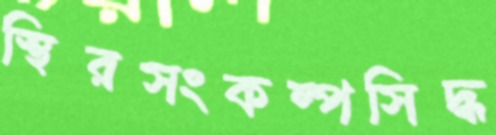
স্থিরসংকল্পসিদ্ধ